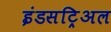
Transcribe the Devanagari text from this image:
इंडसट्रिअल